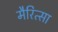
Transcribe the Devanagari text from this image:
मैरित्सा